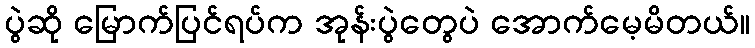
ပွဲဆို မြောက်ပြင်ရပ်က အုန်းပွဲတွေပဲ အောက်မေ့မိတယ်။